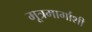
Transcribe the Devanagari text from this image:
मूत्रमार्गाशी